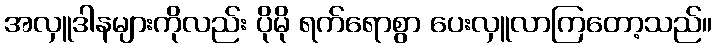
အလှူဒါနများကိုလည်း ပိုမို ရက်ရောစွာ ပေးလှူလာကြတော့သည်။